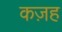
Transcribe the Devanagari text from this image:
कज़ह